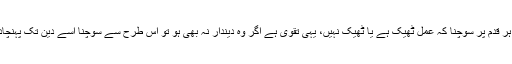
اس کا ہر قدم پر سوچنا کہ عمل ٹھیک ہے یا ٹھیک نہیں، یہی تقوی ہے اگر وہ دیندار نہ بھی ہو تو اس طرح سے سوچنا اسے دین تک پہنچادے گا۔